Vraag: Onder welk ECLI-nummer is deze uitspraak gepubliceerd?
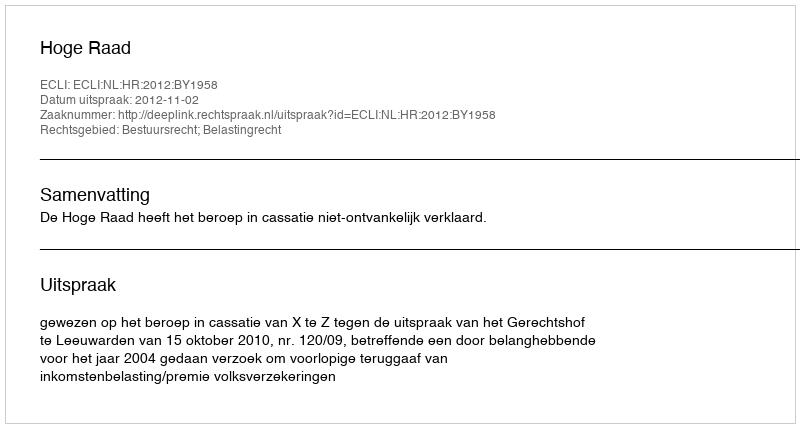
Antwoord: ECLI:NL:HR:2012:BY1958